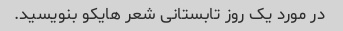
در مورد یک روز تابستانی شعر هایکو بنویسید.